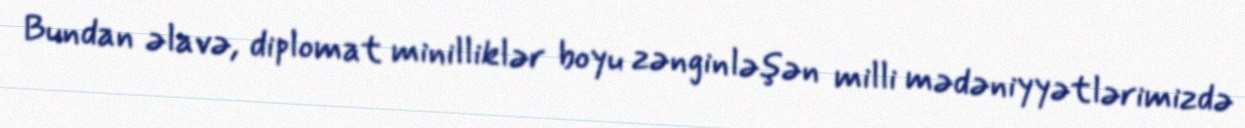
Bundan əlavə, diplomat minilliklər boyu zənginləşən milli mədəniyyətlərimizdə